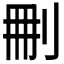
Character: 𠜂